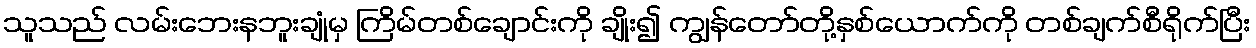
သူသည် လမ်းဘေးနဘူးချုံမှ ကြိမ်တစ်ချောင်းကို ချိုး၍ ကျွန်တော်တို့နှစ်ယောက်ကို တစ်ချက်စီရိုက်ပြီး